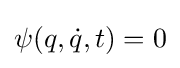
\psi (q,{\dot {q}},t)=0